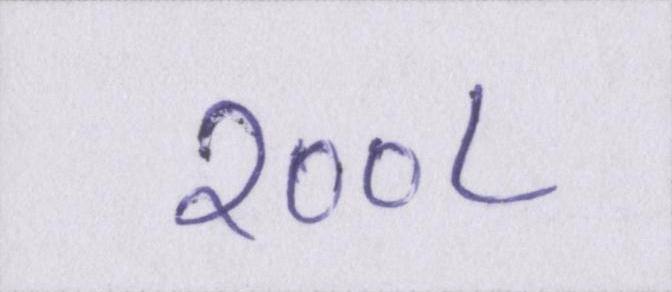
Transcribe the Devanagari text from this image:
२००८